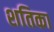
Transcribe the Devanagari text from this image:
शतिका